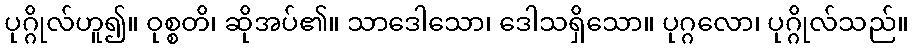
ပုဂ္ဂိုလ်ဟူ၍။ ဝုစ္စတိ၊ ဆိုအပ်၏။ သာဒေါသော၊ ဒေါသရှိသော။ ပုဂ္ဂလော၊ ပုဂ္ဂိုလ်သည်။